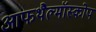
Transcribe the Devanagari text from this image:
आफथैल्मॉस्कोप